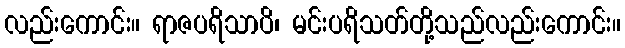
လည်းကောင်း။ ရာဇပရိသာပိ၊ မင်းပရိသတ်တို့သည်လည်းကောင်း။